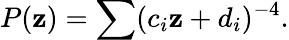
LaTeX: \displaystyle{P(\mathbf{z})=\sum(c_{i}\mathbf{z}+d_{i})^{-4}.}